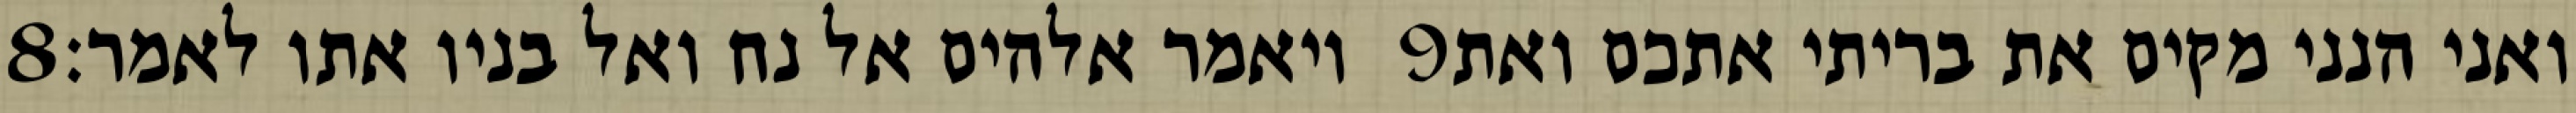
‎8‏ ויאמר אלהים אל נח ואל בניו אתו לאמר׃ ‎9‏ ואני הנני מקים את בריתי אתכם ואת